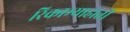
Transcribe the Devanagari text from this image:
रिकाम्याहाती